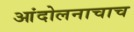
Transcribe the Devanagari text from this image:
आंदोलनाचाच